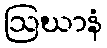
ဩဃာနံ